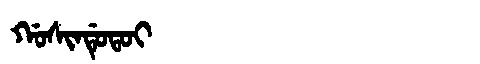
Manchu: ᡤᠣᠰᡳᠨᡩᡠᡨᠣᡳ
Romanization: GOSINDUTOI